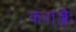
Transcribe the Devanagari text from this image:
कराब्जैः